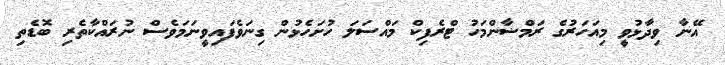
އޭނާ ވިދާޅުވީ މިއަހަރުގެ ރަމްޟާންމަހު ޓްރެފިކް މައްސަލަ ހުށަހެޅުން ގިނަވެފައިވީނަމަވެސް ނުރައްކާތެރި ބޮޑެތި